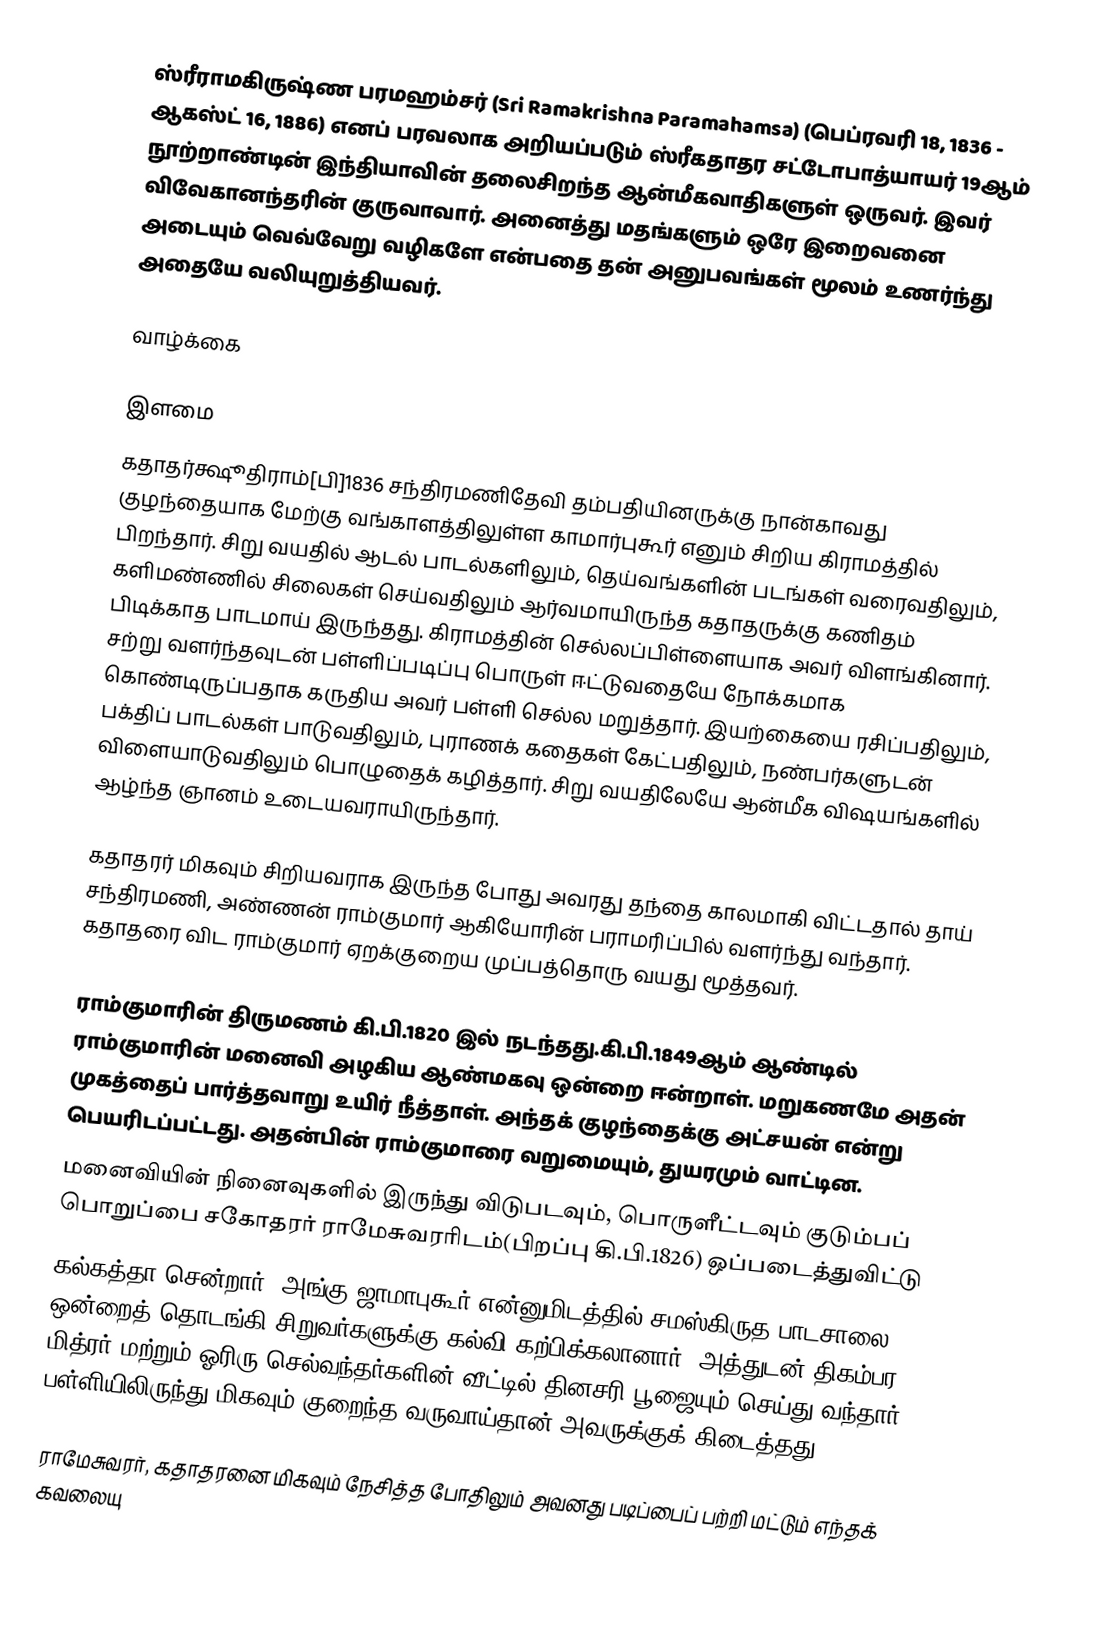
ஸ்ரீராமகிருஷ்ண பரமஹம்சர் (Sri Ramakrishna Paramahamsa) (பெப்ரவரி 18, 1836 - ஆகஸ்ட் 16, 1886) எனப் பரவலாக அறியப்படும் ஸ்ரீகதாதர சட்டோபாத்யாயர் 19ஆம் நூற்றாண்டின் இந்தியாவின் தலைசிறந்த ஆன்மீகவாதிகளுள் ஒருவர். இவர் விவேகானந்தரின் குருவாவார். அனைத்து மதங்களும் ஒரே இறைவனை அடையும் வெவ்வேறு வழிகளே என்பதை தன் அனுபவங்கள் மூலம் உணர்ந்து அதையே வலியுறுத்தியவர்.

வாழ்க்கை

இளமை
கதாதர்க்ஷூதிராம்[பி]1836 சந்திரமணிதேவி தம்பதியினருக்கு நான்காவது குழந்தையாக மேற்கு வங்காளத்திலுள்ள காமார்புகூர் எனும் சிறிய கிராமத்தில் பிறந்தார். சிறு வயதில் ஆடல் பாடல்களிலும், தெய்வங்களின் படங்கள் வரைவதிலும், களிமண்ணில் சிலைகள் செய்வதிலும் ஆர்வமாயிருந்த கதாதருக்கு கணிதம் பிடிக்காத பாடமாய் இருந்தது. கிராமத்தின் செல்லப்பிள்ளையாக அவர் விளங்கினார். சற்று வளர்ந்தவுடன் பள்ளிப்படிப்பு பொருள் ஈட்டுவதையே நோக்கமாக கொண்டிருப்பதாக கருதிய அவர் பள்ளி செல்ல மறுத்தார். இயற்கையை ரசிப்பதிலும், பக்திப் பாடல்கள் பாடுவதிலும், புராணக் கதைகள் கேட்பதிலும், நண்பர்களுடன் விளையாடுவதிலும் பொழுதைக் கழித்தார். சிறு வயதிலேயே ஆன்மீக விஷயங்களில் ஆழ்ந்த ஞானம் உடையவராயிருந்தார்.

கதாதரர் மிகவும் சிறியவராக இருந்த போது அவரது தந்தை காலமாகி விட்டதால் தாய் சந்திரமணி, அண்ணன் ராம்குமார் ஆகியோரின் பராமரிப்பில் வளர்ந்து வந்தார். கதாதரை விட ராம்குமார் ஏறக்குறைய முப்பத்தொரு வயது மூத்தவர்.

ராம்குமாரின் திருமணம் கி.பி.1820 இல் நடந்தது.கி.பி.1849ஆம் ஆண்டில் ராம்குமாரின் மனைவி அழகிய ஆண்மகவு ஒன்றை ஈன்றாள். மறுகணமே அதன் முகத்தைப் பார்த்தவாறு உயிர் நீத்தாள். அந்தக் குழந்தைக்கு அட்சயன் என்று பெயரிடப்பட்டது. அதன்பின் ராம்குமாரை வறுமையும், துயரமும் வாட்டின.
மனைவியின் நினைவுகளில் இருந்து விடுபடவும், பொருளீட்டவும் குடும்பப் பொறுப்பை சகோதரர் ராமேசுவரரிடம்(பிறப்பு கி.பி.1826) ஒப்படைத்துவிட்டு
கல்கத்தா சென்றார். அங்கு ஜாமாபுகூர் என்னுமிடத்தில் சமஸ்கிருத பாடசாலை ஒன்றைத் தொடங்கி சிறுவர்களுக்கு கல்வி கற்பிக்கலானார். அத்துடன் திகம்பர மித்ரர்  மற்றும் ஓரிரு செல்வந்தர்களின் வீட்டில் தினசரி பூஜையும் செய்து வந்தார். பள்ளியிலிருந்து மிகவும் குறைந்த வருவாய்தான் அவருக்குக் கிடைத்தது.

ராமேசுவரர், கதாதரனை மிகவும் நேசித்த போதிலும் அவனது படிப்பைப் பற்றி மட்டும் எந்தக் கவலையு